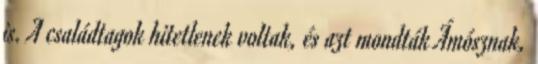
is. A családtagok hitetlenek voltak, és azt mondták Ámósznak,